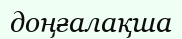
доңғалақша